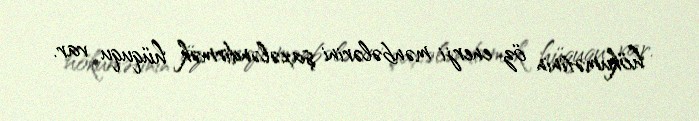
hökumətinin öz enerji mənbələrini şaxələndirmək hüququ var.